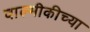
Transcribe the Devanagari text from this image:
वाल्मीकीच्या